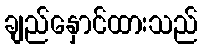
ချည်နှောင်ထားသည်